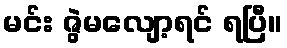
မင်း ဇွဲမလျော့ရင် ရပြီ။